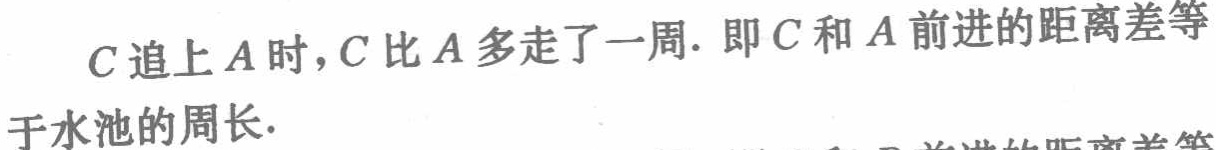
$C$追上$A$时，$C$比$A$多走了一周. 即$C$和$A$前进的距离差等于水池的周长.